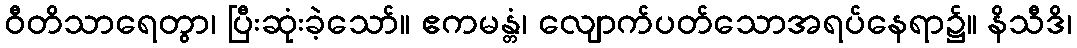
ဝီတိသာရေတွာ၊ ပြီးဆုံးခဲ့သော်။ ဧကမန္တံ၊ လျောက်ပတ်သောအရပ်နေရာ၌။ နိသီဒိ၊